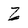
Character: Z